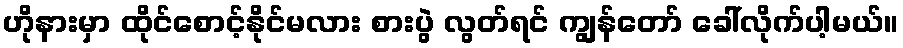
ဟိုနားမှာ ထိုင်စောင့်နိုင်မလား စားပွဲ လွတ်ရင် ကျွန်တော် ခေါ်လိုက်ပါ့မယ်။